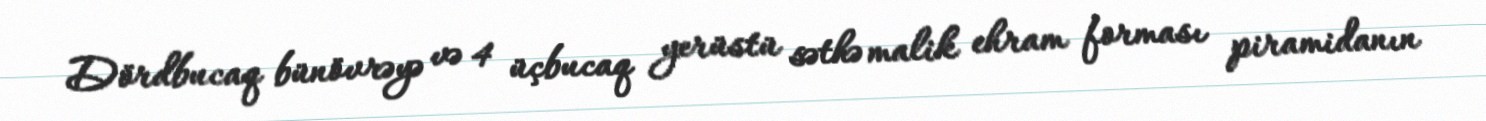
Dördbucaq bünövrəyə və 4 üçbucaq yerüstü səthə malik ehram forması piramidanın